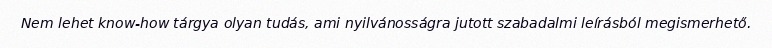
Nem lehet know-how tárgya olyan tudás, ami nyilvánosságra jutott szabadalmi leírásból megismerhető.